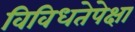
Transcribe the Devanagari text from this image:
विविधतेपेक्षा